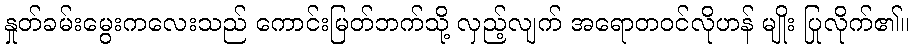
နှုတ်ခမ်းမွေးကလေးသည် ကောင်းမြတ်ဘက်သို့ လှည့်လျက် အရောတဝင်လိုဟန် မျိုး ပြုလိုက်၏။